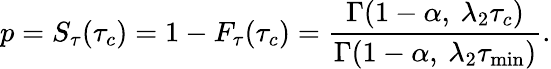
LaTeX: p=S_{\tau}(\tau_{c})=1-F_{\tau}(\tau_{c})=\frac{\Gamma(1-\alpha,\: \lambda_{2}\tau_{c})}{\Gamma(1-\alpha,\: \lambda_{2}\tau_{\mathrm{min}})}.